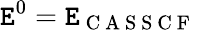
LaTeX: \mathtt{E}^{0}=\mathtt{E}_{\mathrm{{~C~A~S~S~C~F~}}}